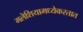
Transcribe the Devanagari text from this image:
मलेशियामध्येकरतात